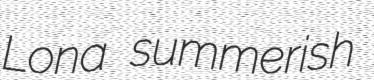
Lona summerish